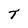
Character: T